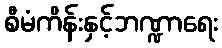
စီမံကိန်းနှင့်ဘဏ္ဍာရေး